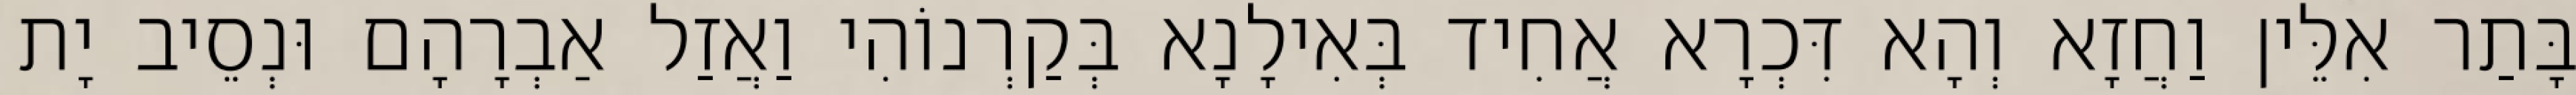
בָּתַר אִלֵּין וַחֲזָא וְהָא דִּכְרָא אֲחִיד בְּאִילָנָא בְּקַרְנוֹהִי וַאֲזַל אַבְרָהָם וּנְסֵיב יָת